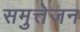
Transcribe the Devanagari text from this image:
समुत्तेजन